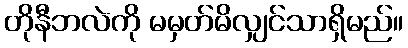
တိုနီဘလဲကို မမှတ်မိလျှင်သာရှိမည်။